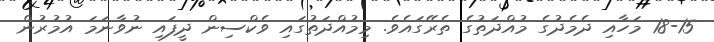
18-15 މަހާއި ދެމެދުގެ މުއްދަތުގެ ތެރޭގައެވެ. މިމުއްދަތުގައި ވެކްސިން ދީފައި ނުވާނަމަ އުމުރުން